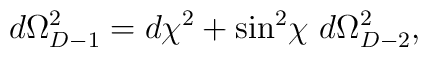
d\Omega_{D-1}^2 = d\chi^2 + \sin^2\! \chi~d\Omega_{D-2}^2,